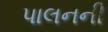
પાલનની